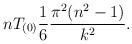
LaTeX: \begin{align*}n T_{(0)} {1\over 6} {\pi^2 (n^2-1)\over k^2}.\end{align*}